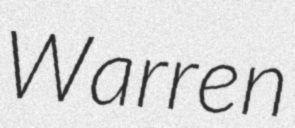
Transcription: Warren